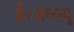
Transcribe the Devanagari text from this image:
ई०डब्ल्यू